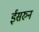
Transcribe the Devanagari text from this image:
ईसरुन